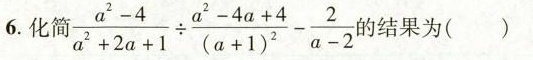
6.化简 $$\frac{a^{2}-4}{a^{2}+2a+1}\div \frac{a^{2}-4a+4}{(a+1)^{2}}- \frac{2}{a-2}$$ 结果为( )